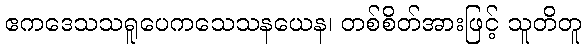
ဧကဒေသသရူပေကသေသနယေန၊ တစ်စိတ်အားဖြင့် သူတိတူ